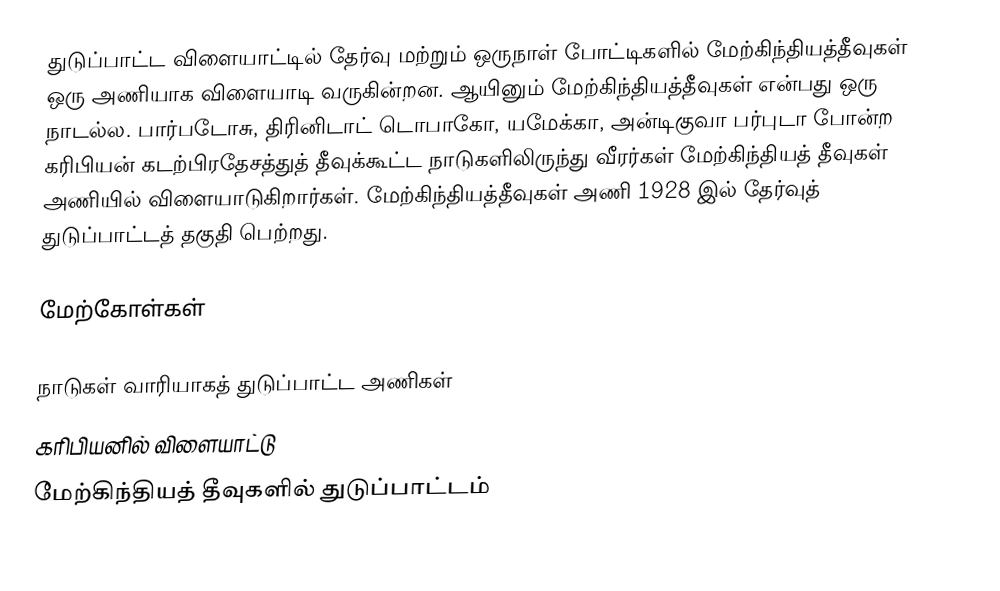
துடுப்பாட்ட விளையாட்டில் தேர்வு மற்றும் ஒருநாள் போட்டிகளில் மேற்கிந்தியத்தீவுகள் ஒரு அணியாக விளையாடி வருகின்றன. ஆயினும் மேற்கிந்தியத்தீவுகள் என்பது ஒரு நாடல்ல. பார்படோசு, திரினிடாட் டொபாகோ, யமேக்கா, அன்டிகுவா பர்புடா போன்ற கரிபியன் கடற்பிரதேசத்துத் தீவுக்கூட்ட நாடுகளிலிருந்து வீரர்கள் மேற்கிந்தியத் தீவுகள் அணியில் விளையாடுகிறார்கள். மேற்கிந்தியத்தீவுகள் அணி 1928 இல் தேர்வுத் துடுப்பாட்டத் தகுதி பெற்றது.

மேற்கோள்கள்

நாடுகள் வாரியாகத் துடுப்பாட்ட அணிகள்
கரிபியனில் விளையாட்டு
மேற்கிந்தியத் தீவுகளில் துடுப்பாட்டம்